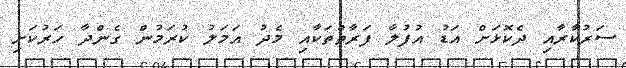
ސަރުކާރާއި ދެކޮޅަށް އަޑު އުފުލާ ފަރާތްތަކާއި މެދު އަމަލު ކުރަމުން ގެންދާ ހަރުކަށި